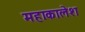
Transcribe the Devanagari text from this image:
महाकालेश